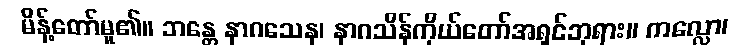
မိန့်တော်မူ၏။ ဘန္တေ နာဂသေန၊ နာဂသိန်ကိုယ်တော်အရှင်ဘုရား။ ကလ္လော၊